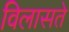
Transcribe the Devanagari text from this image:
विलासते